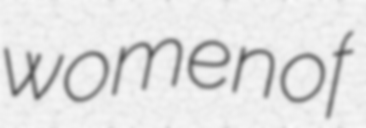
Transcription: women of